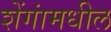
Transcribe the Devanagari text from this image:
शेंगांमधील